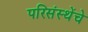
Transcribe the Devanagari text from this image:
परिसंस्थेंचे